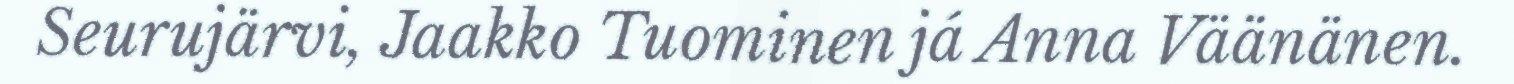
Seurujärvi, Jaakko Tuominen já Anna Väänänen.